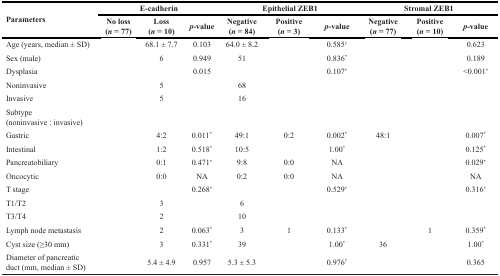
<table><thead><tr><td rowspan="2"><b>Parameters</b></td><td colspan="3"><b>E-cadherin</b></td><td colspan="3"><b>Epithelial ZEB1</b></td><td colspan="3"><b>Stromal ZEB1</b></td></tr><tr><td><b>No loss(<i>n</i> = 77)</b></td><td><b>Loss(<i>n</i> = 10)</b></td><td><b><i>p</i>-value</b></td><td><b>Negative(<i>n</i> = 84)</b></td><td><b>Positive(<i>n</i> = 3)</b></td><td><b><i>p</i>-value</b></td><td><b>Negative(<i>n</i> = 77)</b></td><td><b>Positive(<i>n</i> = 10)</b></td><td><b><i>p</i>-value</b></td></tr></thead><tbody><tr><td>Age (years, median ± SD)</td><td>[EMPTY_CELL]</td><td>68.1 ± 7.7</td><td>0.103</td><td>64.0 ± 8.2</td><td>[EMPTY_CELL]</td><td>0.585<sup>†</sup></td><td>[EMPTY_CELL]</td><td>[EMPTY_CELL]</td><td>0.623</td></tr><tr><td>Sex (male)</td><td>[EMPTY_CELL]</td><td>6</td><td>0.949</td><td>51</td><td>[EMPTY_CELL]</td><td>0.836<sup>*</sup></td><td>[EMPTY_CELL]</td><td>[EMPTY_CELL]</td><td>0.189</td></tr><tr><td>Dysplasia</td><td>[EMPTY_CELL]</td><td>[EMPTY_CELL]</td><td>0.015</td><td>[EMPTY_CELL]</td><td>[EMPTY_CELL]</td><td>0.107<sup>*</sup></td><td>[EMPTY_CELL]</td><td>[EMPTY_CELL]</td><td>&lt;0.001<sup>*</sup></td></tr><tr><td>Noninvasive</td><td>[EMPTY_CELL]</td><td>5</td><td>[EMPTY_CELL]</td><td>68</td><td>[EMPTY_CELL]</td><td>[EMPTY_CELL]</td><td>[EMPTY_CELL]</td><td>[EMPTY_CELL]</td><td>[EMPTY_CELL]</td></tr><tr><td>Invasive</td><td>[EMPTY_CELL]</td><td>5</td><td>[EMPTY_CELL]</td><td>16</td><td>[EMPTY_CELL]</td><td>[EMPTY_CELL]</td><td>[EMPTY_CELL]</td><td>[EMPTY_CELL]</td><td>[EMPTY_CELL]</td></tr><tr><td>Subtype(noninvasive : invasive)</td><td>[EMPTY_CELL]</td><td>[EMPTY_CELL]</td><td>[EMPTY_CELL]</td><td>[EMPTY_CELL]</td><td>[EMPTY_CELL]</td><td>[EMPTY_CELL]</td><td>[EMPTY_CELL]</td><td>[EMPTY_CELL]</td><td>[EMPTY_CELL]</td></tr><tr><td>Gastric</td><td>[EMPTY_CELL]</td><td>4:2</td><td>0.011<sup>*</sup></td><td>49:1</td><td>0:2</td><td>0.002<sup>*</sup></td><td>48:1</td><td>[EMPTY_CELL]</td><td>0.007<sup>*</sup></td></tr><tr><td>Intestinal</td><td>[EMPTY_CELL]</td><td>1:2</td><td>0.518<sup>*</sup></td><td>10:5</td><td>[EMPTY_CELL]</td><td>1.00<sup>*</sup></td><td>[EMPTY_CELL]</td><td>[EMPTY_CELL]</td><td>0.125<sup>*</sup></td></tr><tr><td>Pancreatobiliary</td><td>[EMPTY_CELL]</td><td>0:1</td><td>0.471<sup>*</sup></td><td>9:8</td><td>0:0</td><td>NA</td><td>[EMPTY_CELL]</td><td>[EMPTY_CELL]</td><td>0.029<sup>*</sup></td></tr><tr><td>Oncocytic</td><td>[EMPTY_CELL]</td><td>0:0</td><td>NA</td><td>0:2</td><td>0:0</td><td>NA</td><td>[EMPTY_CELL]</td><td>[EMPTY_CELL]</td><td>NA</td></tr><tr><td>T stage</td><td>[EMPTY_CELL]</td><td>[EMPTY_CELL]</td><td>0.268<sup>*</sup></td><td>[EMPTY_CELL]</td><td>[EMPTY_CELL]</td><td>0.529<sup>*</sup></td><td>[EMPTY_CELL]</td><td>[EMPTY_CELL]</td><td>0.316<sup>*</sup></td></tr><tr><td>T1/T2</td><td>[EMPTY_CELL]</td><td>3</td><td>[EMPTY_CELL]</td><td>6</td><td>[EMPTY_CELL]</td><td>[EMPTY_CELL]</td><td>[EMPTY_CELL]</td><td>[EMPTY_CELL]</td><td>[EMPTY_CELL]</td></tr><tr><td>T3/T4</td><td>[EMPTY_CELL]</td><td>2</td><td>[EMPTY_CELL]</td><td>10</td><td>[EMPTY_CELL]</td><td>[EMPTY_CELL]</td><td>[EMPTY_CELL]</td><td>[EMPTY_CELL]</td><td>[EMPTY_CELL]</td></tr><tr><td>Lymph node metastasis</td><td>[EMPTY_CELL]</td><td>2</td><td>0.063<sup>*</sup></td><td>3</td><td>1</td><td>0.133<sup>*</sup></td><td>[EMPTY_CELL]</td><td>1</td><td>0.359<sup>*</sup></td></tr><tr><td>Cyst size (≥30 mm)</td><td>[EMPTY_CELL]</td><td>3</td><td>0.331<sup>*</sup></td><td>39</td><td>[EMPTY_CELL]</td><td>1.00<sup>*</sup></td><td>36</td><td>[EMPTY_CELL]</td><td>1.00<sup>*</sup></td></tr><tr><td>Diameter of pancreatic duct (mm, median ± SD)</td><td>[EMPTY_CELL]</td><td>5.4 ± 4.9</td><td>0.957</td><td>5.3 ± 5.3</td><td>[EMPTY_CELL]</td><td>0.976<sup>†</sup></td><td>[EMPTY_CELL]</td><td>[EMPTY_CELL]</td><td>0.365</td></tr></tbody></table>